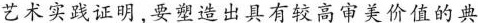
艺术实践证明,要塑造出具有较高审美价值的典